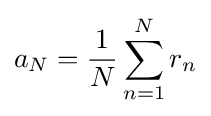
a_{N}={\frac {1}{N}}\sum _{n=1}^{N}r_{n}